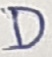
Text: D